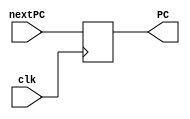
module pc (input clk,input [31:0] nextPC,output [31:0] PC);

	reg [31:0] temp;
	initial
	temp = 31'h0010000c;//temporary start

	assign PC = temp;
   

	always @(posedge clk)
		temp = nextPC;
   
endmodule